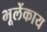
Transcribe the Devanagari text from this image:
भूलेंकाय